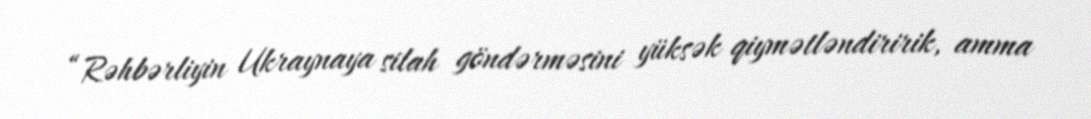
“Rəhbərliyin Ukraynaya silah göndərməsini yüksək qiymətləndiririk, amma